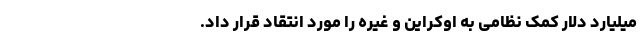
میلیارد دلار کمک نظامی به اوکراین و غیره را مورد انتقاد قرار داد.